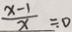
\frac { x - 1 } { x } = 0